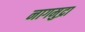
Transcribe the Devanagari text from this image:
नागमुद्रा